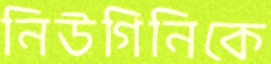
নিউগিনিকে